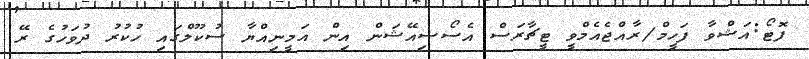
ފޮޓޯ:އަޝްވާ ފަހީމް/ރާއްޖެއެމްވީ ޓީޗާރަސް އެސޯސިއޭޝަން އިން އަމީނިއްޔާ ސުކޫލްގައި ހުކުރު ދުވަހުގެ ރޭ